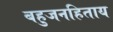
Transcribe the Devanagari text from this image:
बहुजनहिताय